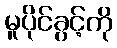
မူပိုင်ခွင့်ကို